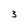
Character: 3